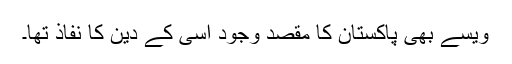
ویسے بھی پاکستان کا مقصد وجود اسی کے دین کا نفاذ تھا۔